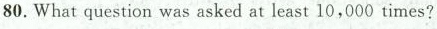
80. What question was asked at least 10,000 times?